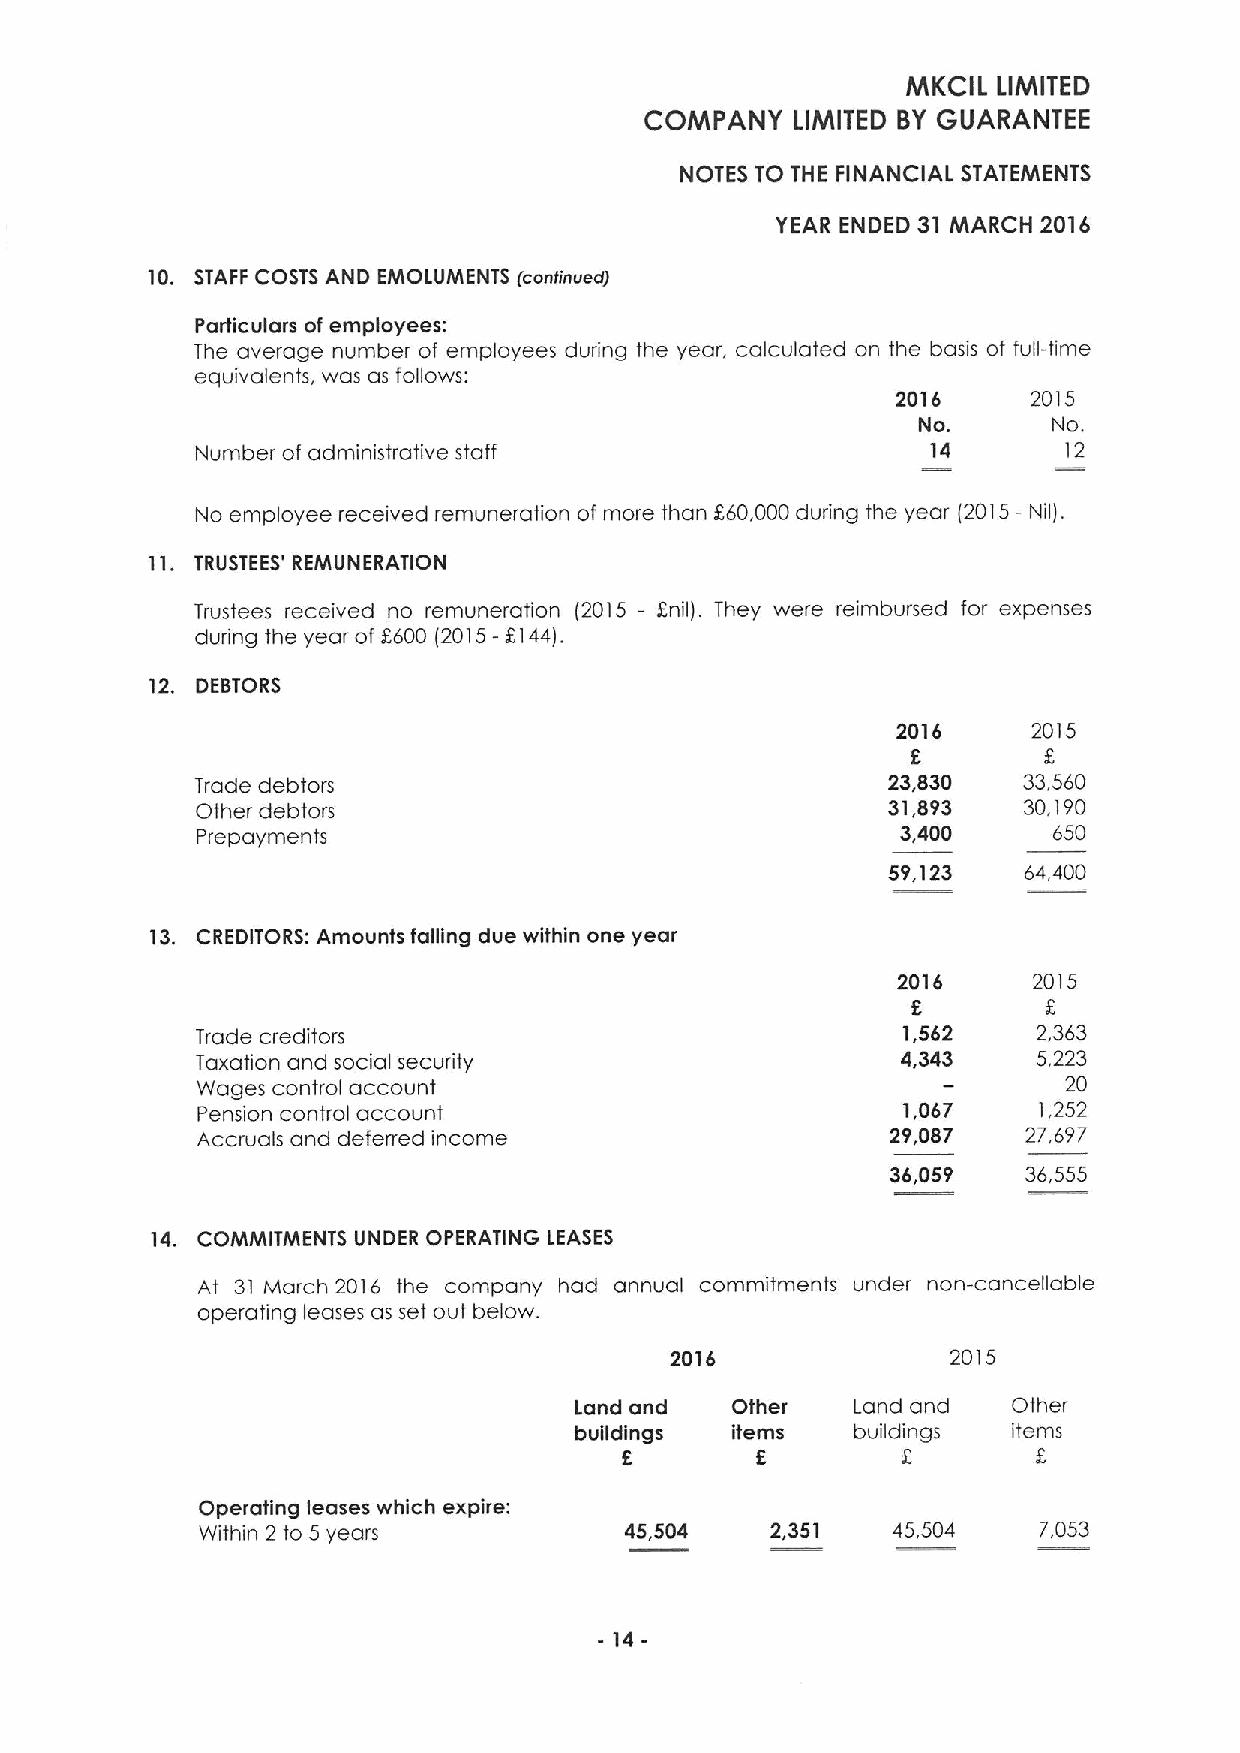
MKCIL LIMITED
 COMPANY   LIMITED BY GUARANTEE
 NOTES TO THE FINANCIAL STATEMENTS
 YEAR ENDED 31 MARCH 2016
 10. STAFF COSTS AND EMOLUMENTS fcontinuedf
 Particulars of employees:
 The average number of employees during the year, calculated on the basis of full-time
 equivalents, was as follows:
 2016     2015
 No.      No.
 Number of administrative staff                   14       12
 No employee received remuneration of more than 560,000during the year (2015- Nil).
 11. TRUSTEES' REMUNERATION
 Trustees received no remuneration (2015 - Enil). They were reimbursed for expenses
 during the year of 5600 (2015—$144).
 12. DEBTORS
 2016     2015
 Trade debtors                                 23,830   33,560
 Other debtors                                 31,893   30,190
 Prepayments                                    3,400     650
 59,123   64,400
 13. CREDITORS: Amounts falling due within one year
 2016     2015
 5        5
 Trade creditors                                1,562    2,363
 Taxation and social security                   4,343    5,223
 Wages control account                                     20
 Pension control account                        1,067    1,252
 Accruals and deferred income                  29,087   27,697
 36,059   36,555
 14. COMMITMENTS UNDER OPERATING LEASES
 At 31 March 2016 the company had annual commitments under non-cancellable
 operating leases as set out below.
 2016               2015
 Land and  Other    Land and  Other
 buildings items    buildings items
 5        5         5        5
 Operating leases which expire:
 Within 2 to 5 years         45,504    2,351   45,504    7,053
 - 14-